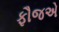
ફૌજએ